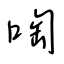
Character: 啕